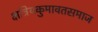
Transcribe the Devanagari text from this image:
क्षत्रियकुमावतसमाज